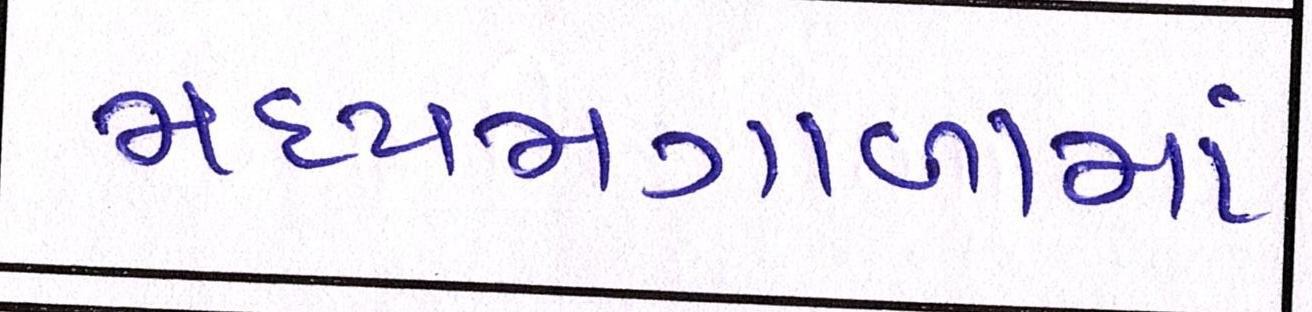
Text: મધ્યમગાળામાં